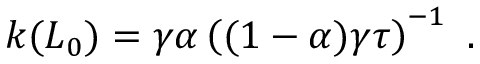
k ( L _ { 0 } ) = \gamma \alpha \left( ( 1 - \alpha ) \gamma \tau \right) ^ { - 1 } \ .